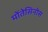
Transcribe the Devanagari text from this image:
मोंतेसिनोस